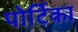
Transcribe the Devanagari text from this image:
पोर्टिका